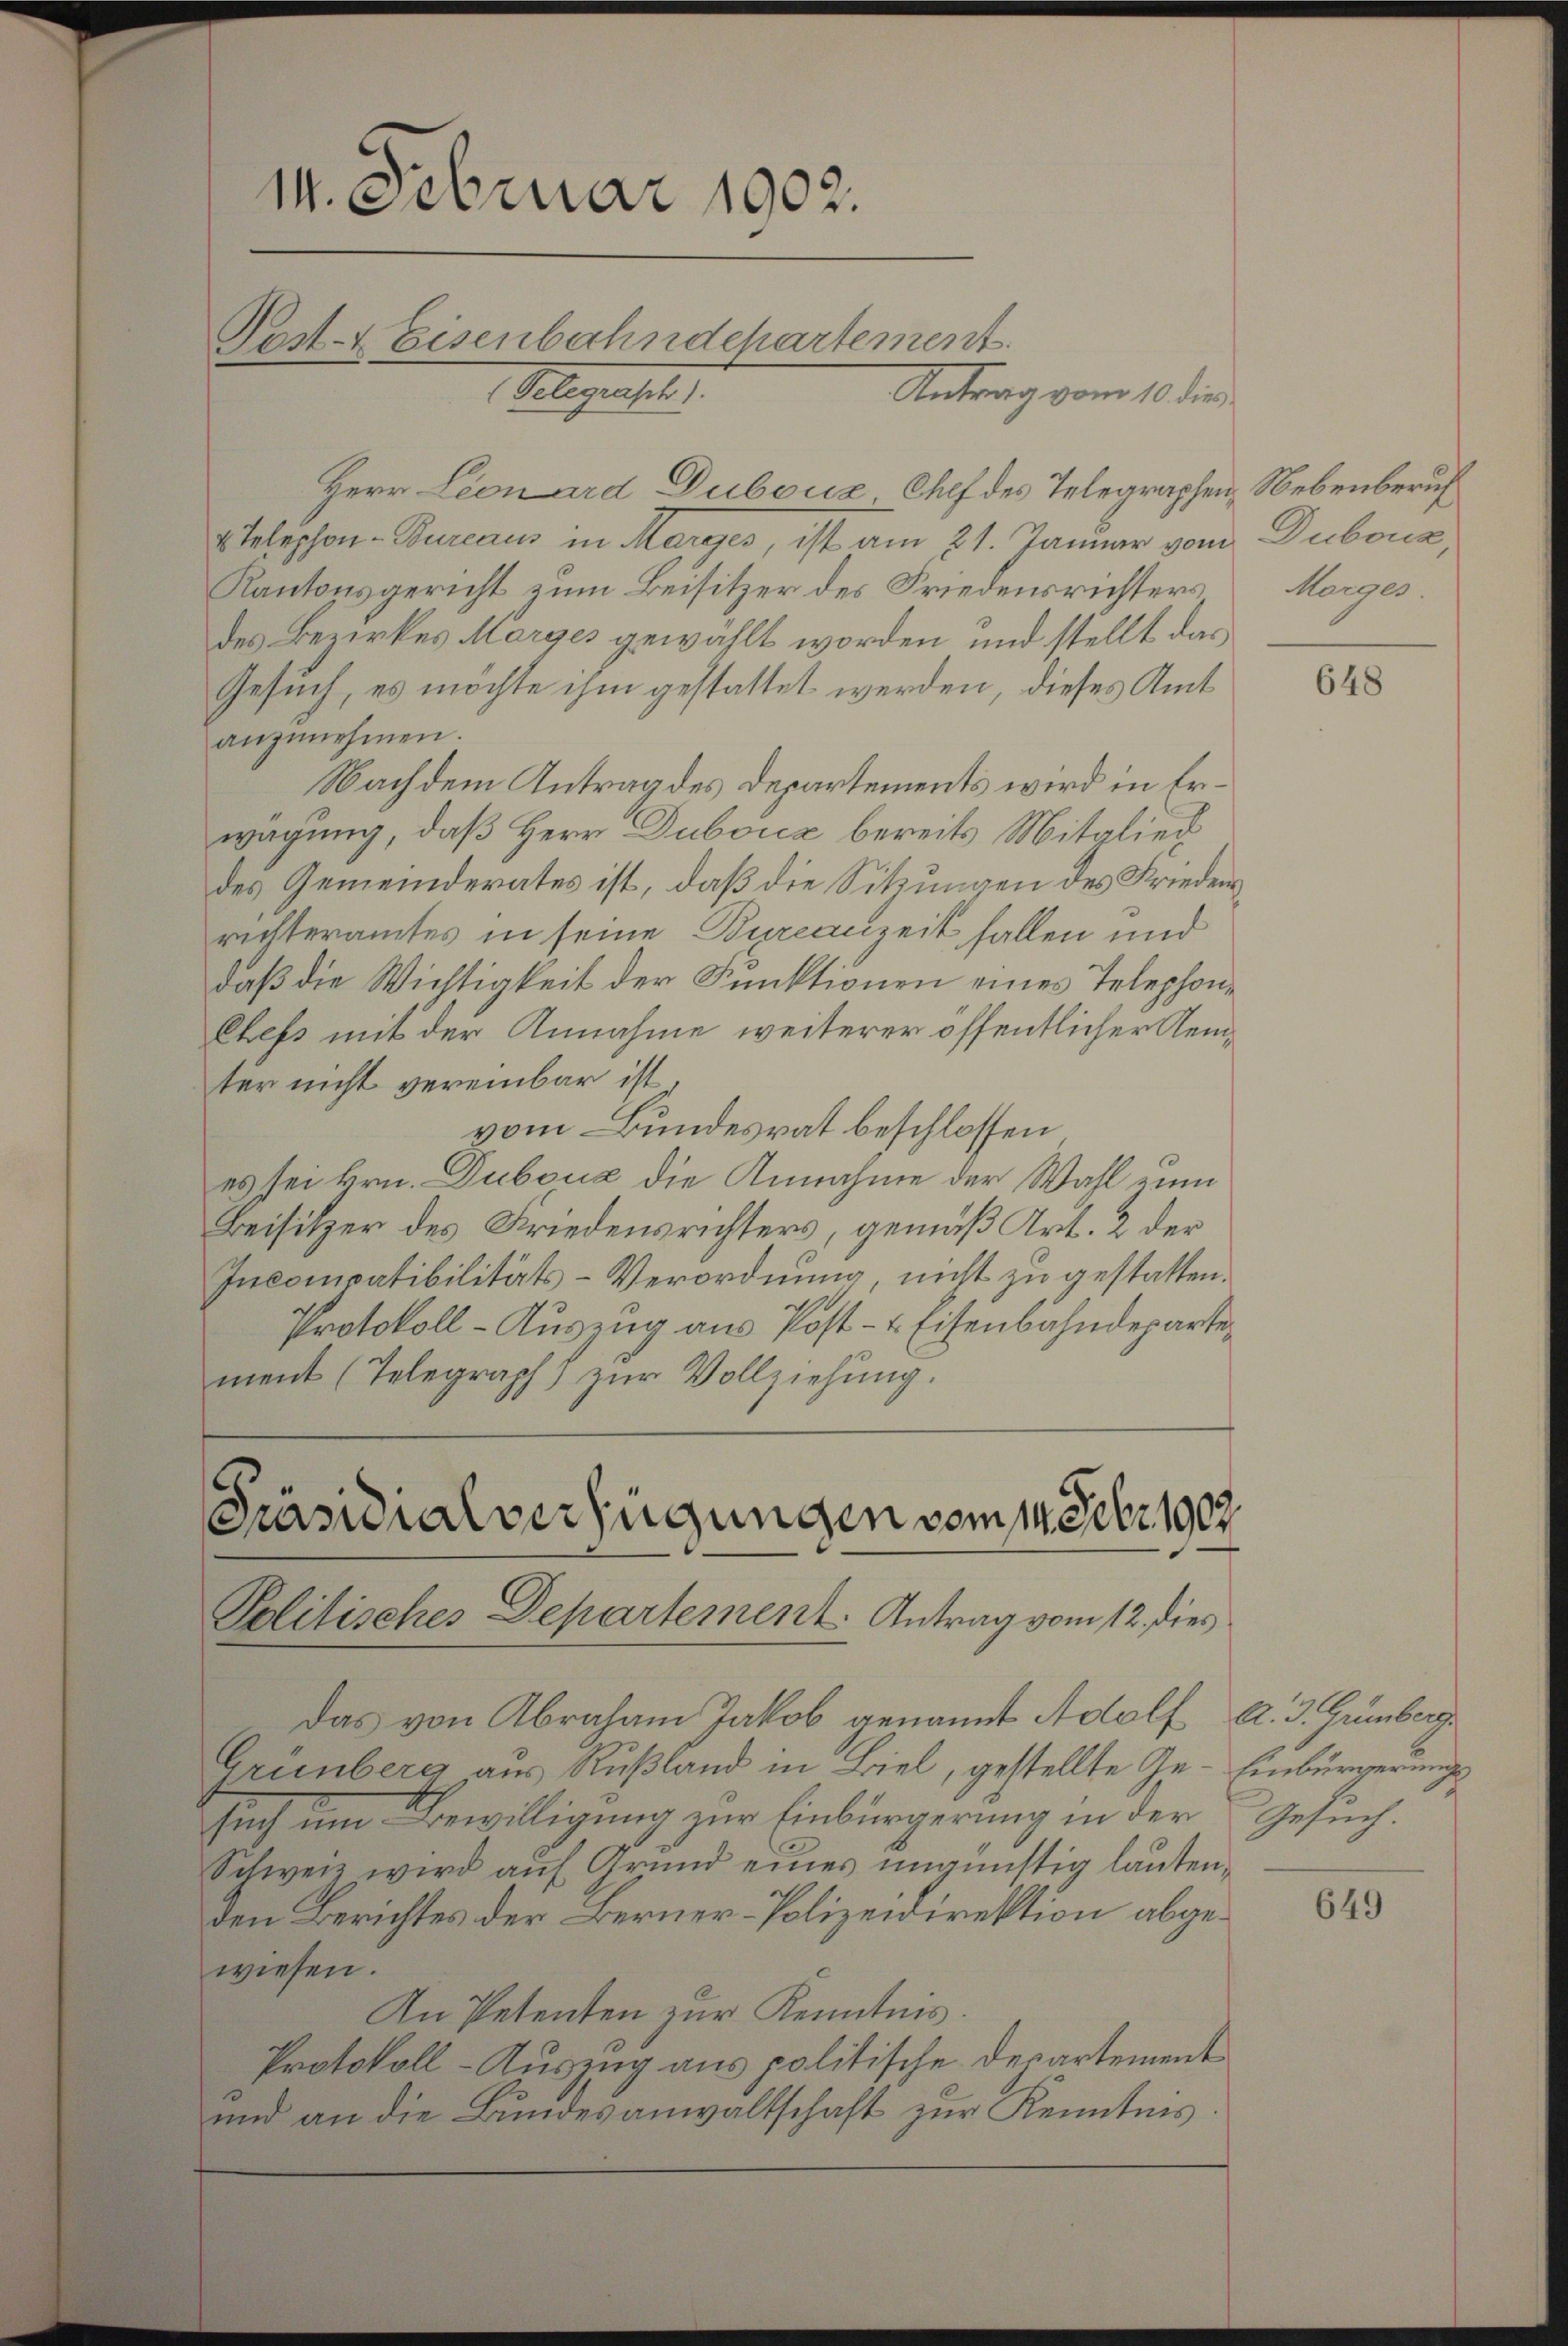
Antrag vom 10. dies
Herr Lionard Dubouz Chef des Telegraphen, Nebenberuf
x Telephon-Bureaus in Marges, ist am 21. Januar vom Dubouz,
Kantonsgericht zum Beisitzer des Friedensrichters Morges.
des Bezirkes Marges gewählt worden und stellt das
Gesuch, es möchte ihm gestattet werden, dieses Amt
anzŭnehmen.
Nachdem Antrag des Departements wird in Erwägung, daß Herr Duboicz bereits Mitglied
des Gemeinderates ist, daß die Sitzungen des Frieden
richteramtes in seine Burcanzeit fallen und
daß die Wichtigkeit der Funktionen eines Telephon¬
Chefs mit der Annahme weiterer öffentlicher Remter nicht vereinbar ist
vom Bundesrat beschlossen
es sei Hrn. Duboua die Annahme der Wahl zum
Beisitzer des Friedensrichters, gemäß Art. 2 der
Incompatibilitäts-Verordnung, nicht zu gestatten.
Protokoll-Auszug aus Post- & Eisenbahndepartement (Telegraph zur Vollziehung.

14. Februar 1902.
Pest- & Eisenbahndepartement
Selegensel

Präsidialverfügungen vom 14. Febr. 1907.
Politisches Departement. Antrag vom 12. dies

Das von Abraham Jakob genannt Adolf A. 3. Grünberg.
Grünberg aus Rußland in Biel, gestellte Ge- Einbürgerung
such um Bewilligung zur Einbürgerung in der
Schweiz wird auf Grund eines ungünstig lauten¬
Den Berichtes der Berner-Polizeidirektion abgewiesen.
An Petenten zur Kenntnis.
Protokoll-Auszug aus politische Departement
und an die Bundesanwaltschaft zur Kenntnis.

648

Gesuch.

649